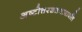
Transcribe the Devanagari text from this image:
अष्टोत्तरशतनामावलि